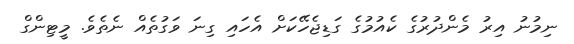
ނިމުނު އިރު މެންދުރުގެ ކެއުމުގެ ގަޑިޖެހޭކަށް އެހައި ގިނަ ވަގުތެއް ނެތެވެ. މީޓިންގް